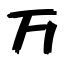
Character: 万